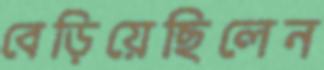
বেড়িয়েছিলেন